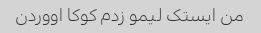
من ایستک لیمو زدم کوکا اووردن